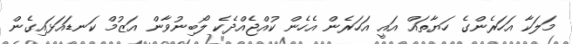
މަލަކާ އަހަރެންގެ ހަޔާތައް އައީ އަހަރެން އެހެން ކުއްޖެއްދެކެ ލޯބިނުވާން އަޒުމް ކަނޑައަޅައިގެން